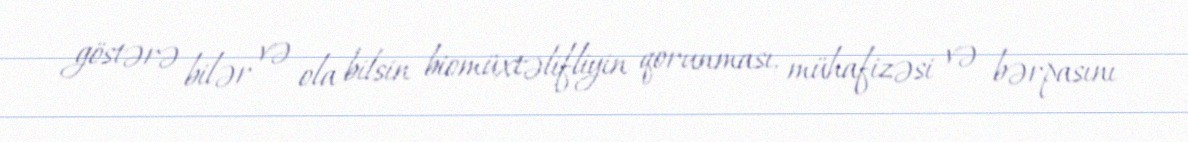
göstərə bilər və ola bilsin biomüxtəlifliyin qorunması, mühafizəsi və bərpasını